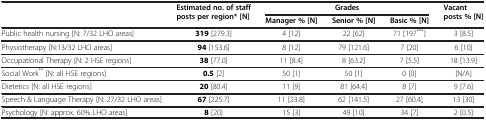
| <ROWSPAN=2>  | <ROWSPAN=2> Estimated no. of staff posts per region* [N] | <COLSPAN=3> Grades | <ROWSPAN=2> Vacant posts% [N] |
 | Manager % [N] | Senior % [N] | Basic % [N] |
 | --- | --- | --- | --- | --- | --- |
 | Public health nursing [N: 7/32 LHO areas] | 319 [279.3] | 4 [12] | 22 [62] | 71 [197***] | 3 [8.5] |
 | Physiotherapy [N:13/32 LHO areas] | 94 [153.6] | 8 [12] | 79 [121.6] | 7 [20] | 6 [10] |
 | Occupational Therapy [N: 2 HSE regions] | 38 [77.0] | 11 [8.4] | 8 [63.2] | 7 [5.5] | 18 [13.9] |
 | Social Work** [N: all HSE regions] | 0.5 [2] | 50 [1] | 50 [1] | 0 [0] | [N/A] |
 | Dietetics [N: all HSE regions] | 20 [80.4] | 11 [9] | 81 [64.4] | 8 [7] | 9 [7.6] |
 | Speech & Language Therapy [N: 27/32 LHO areas] | 67 [225.7] | 11 [23.8] | 62 [141.5] | 27 [60.4] | 13 [30] |
 | Psychology [N: approx. 60% LHO areas] | 8 [20] | 15 [3] | 49 [10] | 34 [7] | 2 [0.5] |